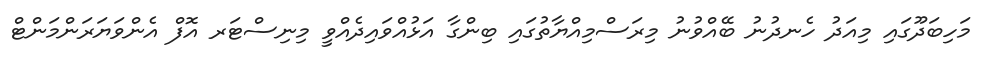
މަހިބަދޫގައި މިއަދު ހެނދުނު ބޭއްވުނު މިރަސްމިއްޔާތުގައި ބިންގާ އަޅުއްވައިދެއްވީ މިނިސްޓަރ އޮފް އެންވަޔަރަންމަންޓް